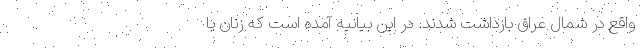
واقع در شمال عراق بازداشت شدند. در این بیانیه آمده است که زنان با